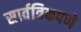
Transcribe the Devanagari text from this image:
सार्वत्रिकपणे